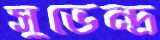
সুভেন্দ্র